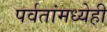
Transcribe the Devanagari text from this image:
पर्वतांमध्येही